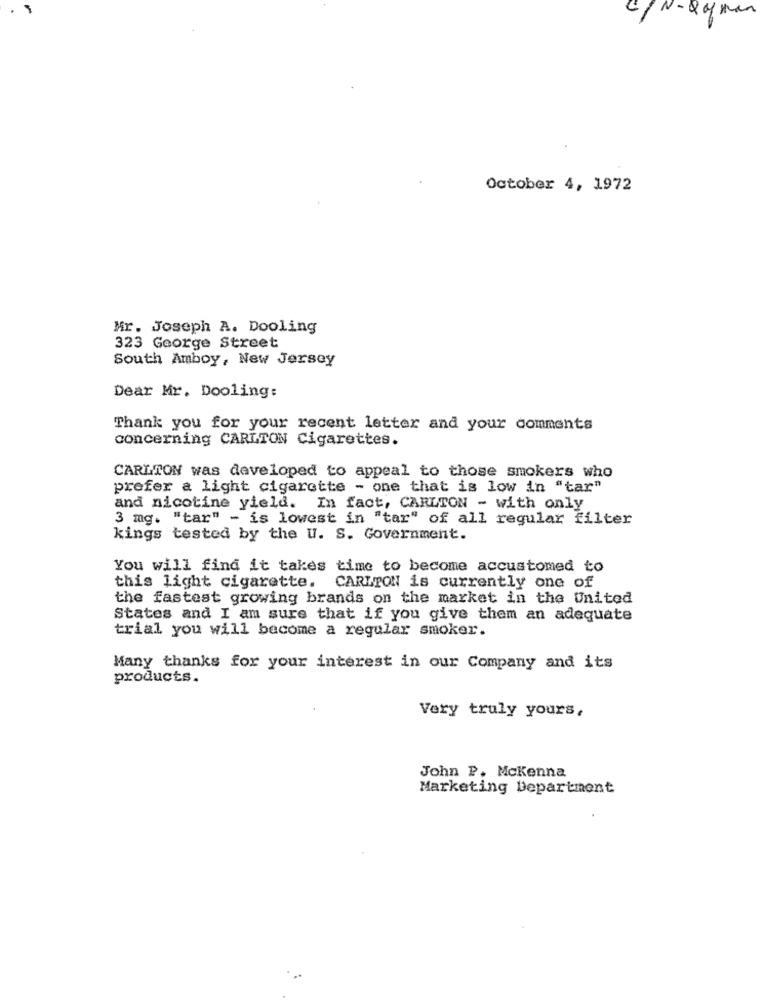
C/N-Qyxan
October 4, 1972
Mr. Joseph A. Dooling
323 George Street
South Amboy, New Jersey
Dear Mr. Dooling:
Thank you for your recent letter and your comments
concerning CARLTON Cigarettes.
CARLTON was developed to appeal to those smokers who
prefer a light cigarette - one that is low in "tar"
and nicotine yield. In fact, CARLTON - with only
3 mg. "tar" - is lowest in "tar" of all regular filter
kings tested by the U. S. Government.
You will find it takes time to become accustomed to
this light cigarette. CARLTON is currently one of
the fastest growing brands on the market in the United
States and I am sure that if you give them an adequate
trial you will become a regular smoker.
Many thanks for your interest in our Company and its
products.
Very truly yours,
John P. Mckenna
Marketing Department